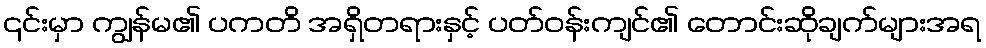
၎င်းမှာ ကျွန်မ၏ ပကတိ အရှိတရားနှင့် ပတ်ဝန်းကျင်၏ တောင်းဆိုချက်များအရ